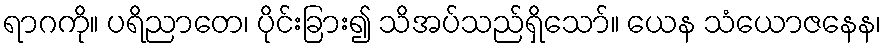
ရာဂကို။ ပရိညာတေ၊ ပိုင်းခြား၍ သိအပ်သည်ရှိသော်။ ယေန သံယောဇနေန၊